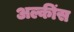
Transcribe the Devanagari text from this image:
अल्कींस